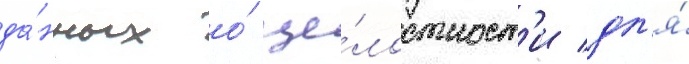
да́нных о́ це́лостност'и дл'я́